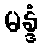
မန္ဒံ